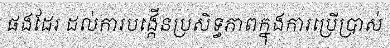
ផងដែរ ដល់ការបង្កើនប្រសិទ្ធភាពក្នុងការប្រើប្រាស់